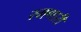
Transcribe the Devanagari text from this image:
रमणारी